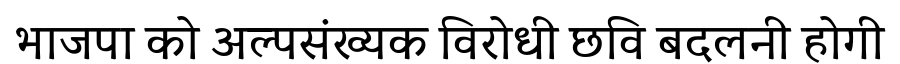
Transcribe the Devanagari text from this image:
भाजपा को अल्पसंख्यक विरोधी छवि बदलनी होगी